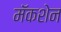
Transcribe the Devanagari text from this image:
मॅकशेन